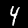
Label: 4